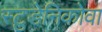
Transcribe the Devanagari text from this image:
स्टुडेनिकोवा